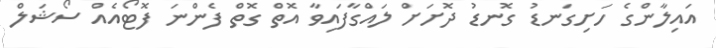
އައިލާންގެ ހަށިގަނޑު ގޮނޑު ދޮށަށް ލައްގާފައިވާ އޮތް ގޮތް ފެންނަ ފޮޓޯއެއް ސޯޝަލް